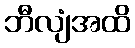
ဘီလျံအထိ